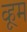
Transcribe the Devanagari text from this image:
व्हूम